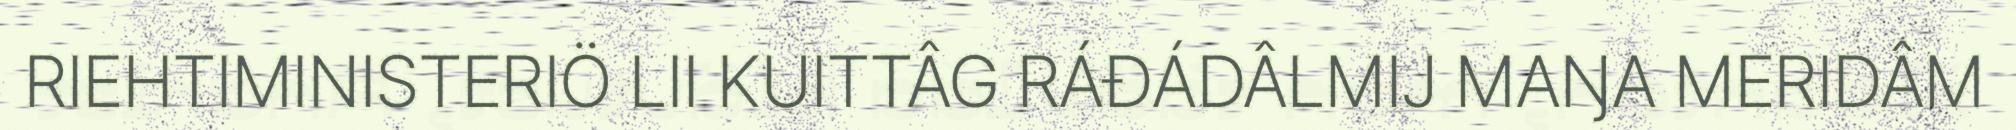
RIEHTIMINISTERIÖ LII KUITTÂG RÁĐÁDÂLMIJ MAŊA MERIDÂM